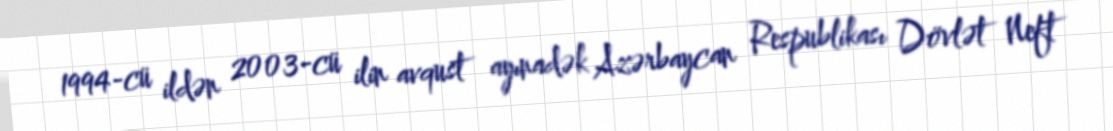
1994-cü ildən 2003-cü ilin avqust ayınadək Azərbaycan Respublikası Dövlət Neft